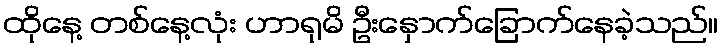
ထိုနေ့ တစ်နေ့လုံး ဟာရုမိ ဦးနှောက်ခြောက်နေခဲ့သည်။